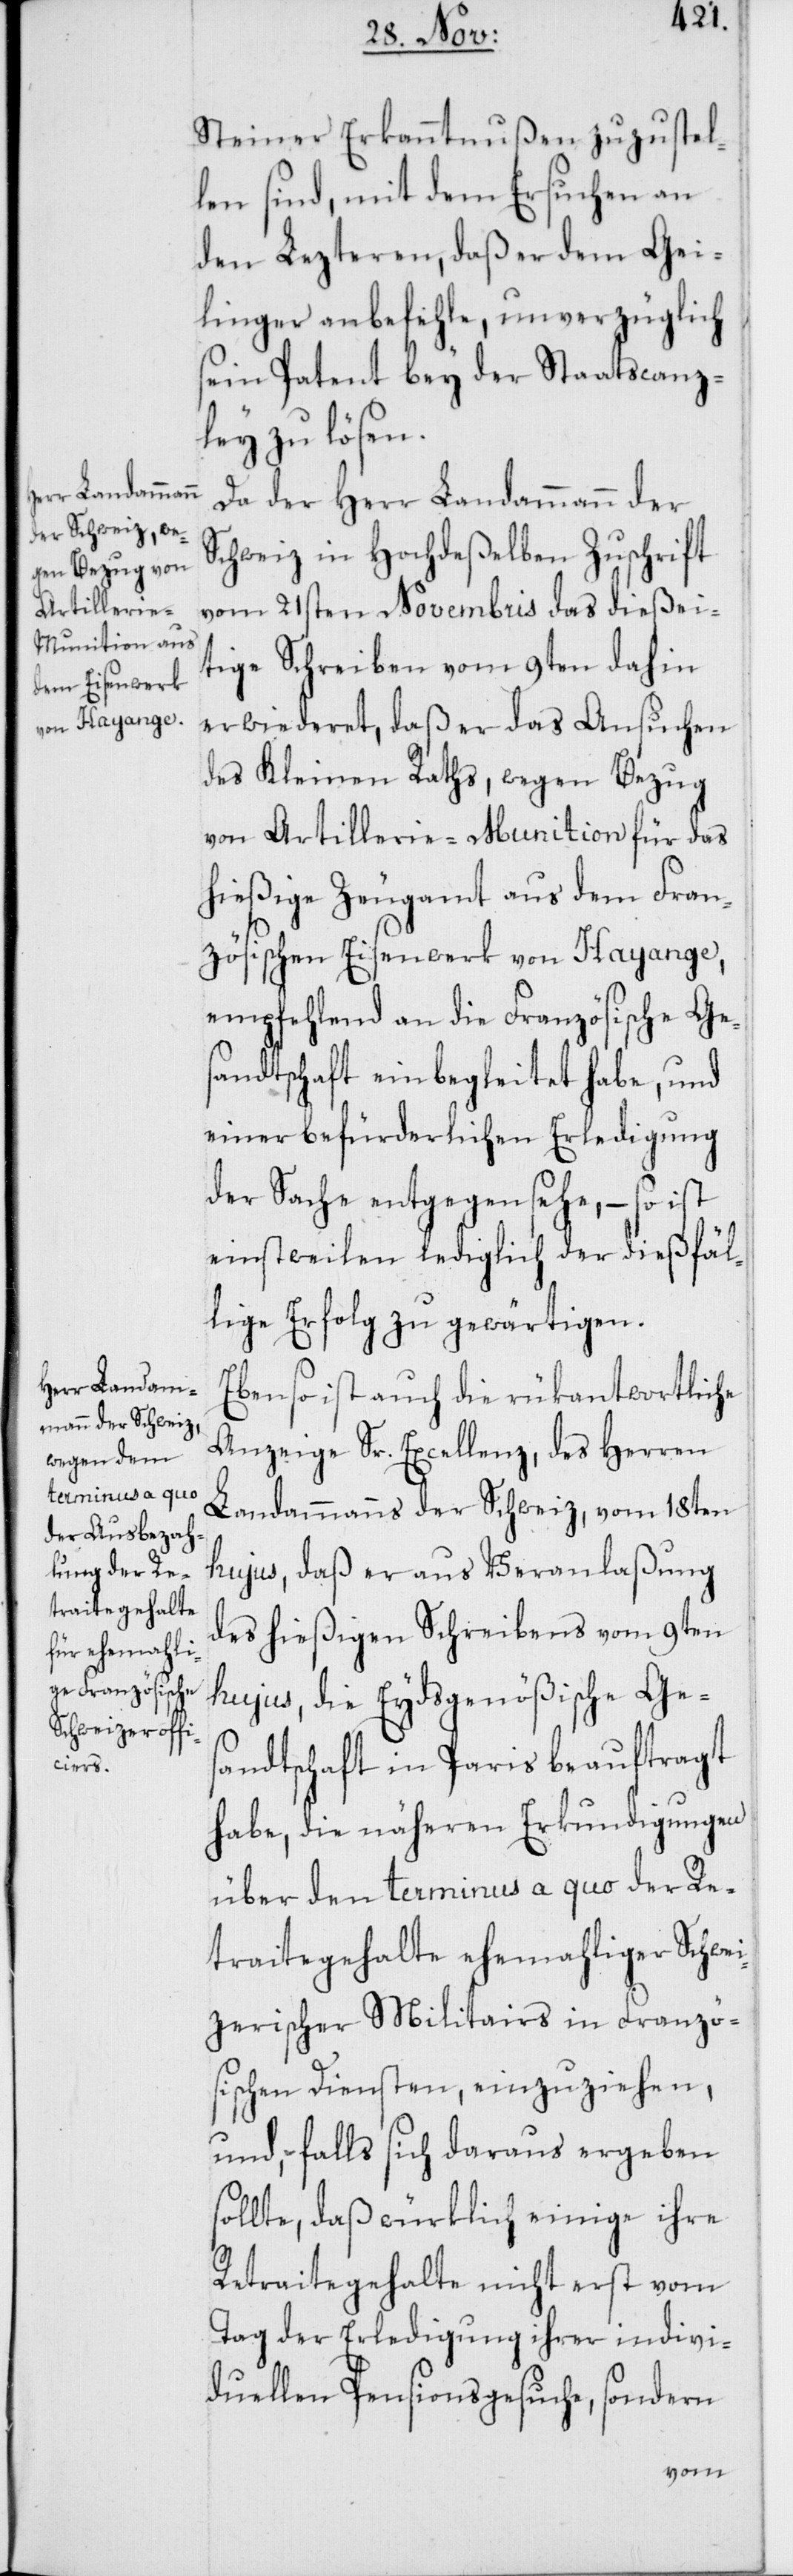
sol¬

Steiner Erkanntnußen zuzustel¬
len sind, mit dem Ersuchen an
den Lezteren, daß er dem Gei¬
linger anbefehle, unverzüglich
sein Patent bey der Staatscanz¬
ley zu lösen.
Da der Herr Landammann der
Schweiz in Hochdeßelben Zuschrift
vom 21sten Novembris das dießei¬
tige Schreiben vom 9ten dahin
erwiederet, daß er das Ansuchen
des Kleinen Raths, wegen Bezug
von Artillerie-Munition für das
hießige Zeugamt aus dem Fran¬
zösischen Eisenwerk von Hayange,
empfehlend an die Französische Ge¬
sandtschaft einbegleitet habe, und
einer befürderlichen Erledigung
der Sache entgegensehe, – so ist
einstweilen lediglich der dießfäl¬
lige Erfolg zu gewärtigen.
Ebenso ist auch die rükantwortliche
Anzeige Sr. Excellenz, des Herren
Landammanns der Schweiz vom 18ten
hujus, daß er aus Veranlaßung
des hießigen Schreibens vom 9ten
hujus, die Eydsgenößische Ges¬
andtschaft in Paris beauftragt
habe, die näheren Erkundigungen
über den terminus a quo der Re¬
traitegehalte ehemahliger Schwei¬
zerischer Militairs in Franzö¬
sischen Diensten, einzuziehen,
und, falls sich daraus ergeben
lte, daß würklich einige ihre
Retraitegehalte nicht erst vom
Tag der Erledigung ihrer indivi¬
duellen Pensionsgesuche, sondern